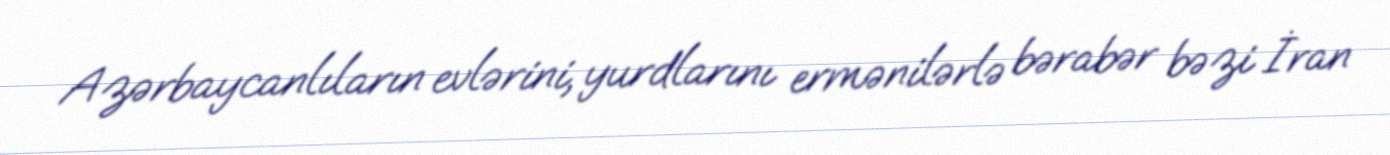
Azərbaycanlıların evlərini, yurdlarını ermənilərlə bərabər bəzi İran